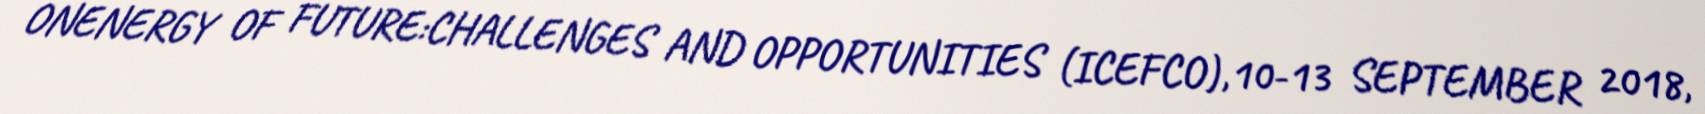
ONENERGY OF FUTURE:CHALLENGES AND OPPORTUNITIES (ICEFCO),10-13 SEPTEMBER 2018,